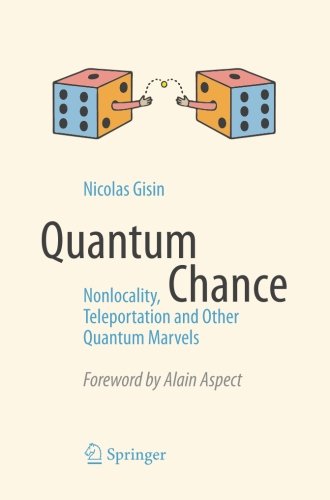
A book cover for Quantum Chance: Nonlocality, Teleportation and Other Quantum Marvels; Nicolas Gisin; Computers & Technology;